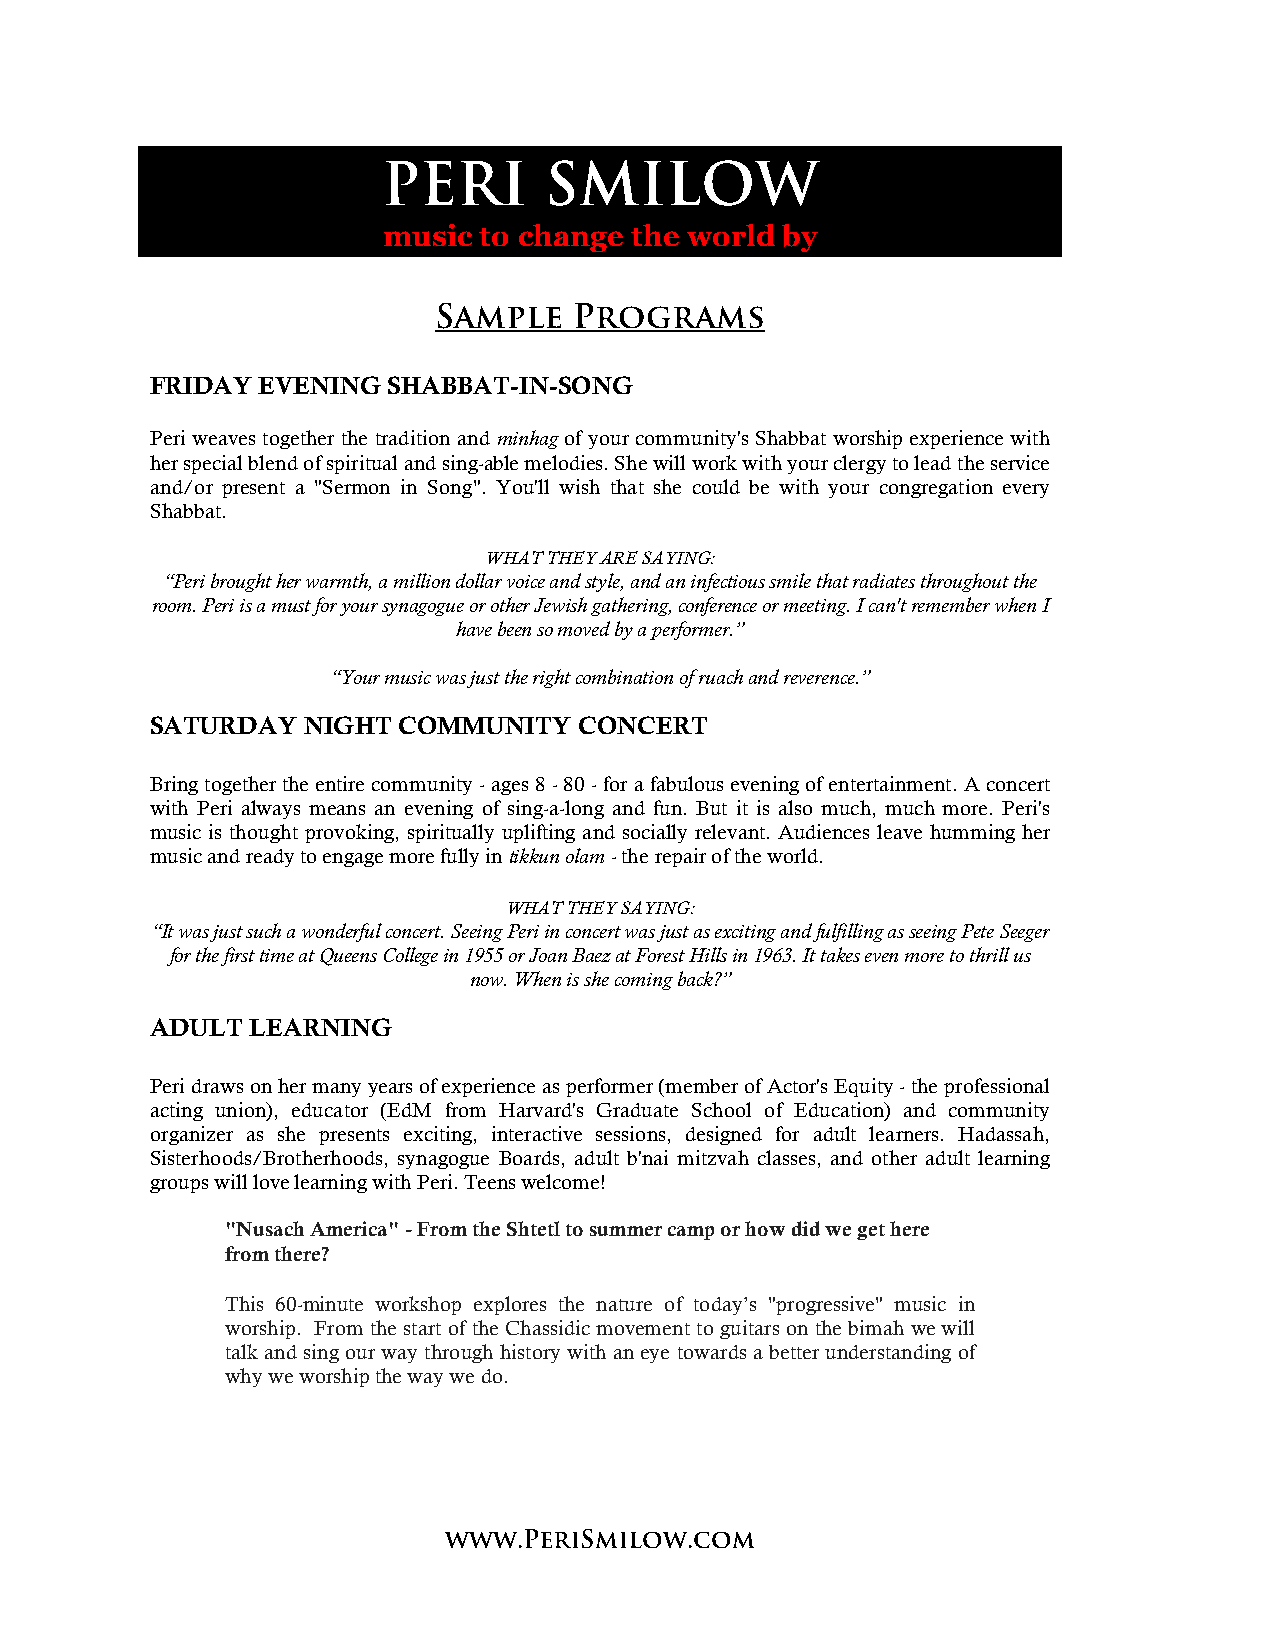
PERI       SMILOW
 music  to change the world by
 Sample   Programs
 FRIDAY EVENING  SHABBAT-IN-SONG
 Peri weaves together the tradition and minhag of your community's Shabbat worship experience with
 her special blend of spiritual and sing-able melodies. She will work with your clergy to lead the service
 and/or present a "Sermon in Song". You'll wish that she could be with your congregation every
 Shabbat.
 WHAT THEY ARE SAYING:
 “Peri brought her warmth, a million dollar voice and style, and an infectious smile that radiates throughout the
 room. Peri is a must for your synagogue or other Jewish gathering, conference or meeting. I can't remember when I
 have been so moved by a performer.”
 “Your music was just the right combination of ruach and reverence.”
 SATURDAY  NIGHT COMMUNITY   CONCERT
 Bring together the entire community - ages 8 - 80 - for a fabulous evening of entertainment. A concert
 with Peri always means an evening of sing-a-long and fun. But it is also much, much more. Peri's
 music is thought provoking, spiritually uplifting and socially relevant. Audiences leave humming her
 music and ready to engage more fully in tikkun olam - the repair of the world.
 WHAT THEY SAYING:
 “It was just such a wonderful concert. Seeing Peri in concert was just as exciting and fulfilling as seeing Pete Seeger
 for the first time at Queens College in 1955 or Joan Baez at Forest Hills in 1963. It takes even more to thrill us
 now. When is she coming back?”
 ADULT  LEARNING
 Peri draws on her many years of experience as performer (member of Actor's Equity - the professional
 acting union), educator (EdM from Harvard's Graduate School of Education) and community
 organizer as she presents exciting, interactive sessions, designed for adult learners. Hadassah,
 Sisterhoods/Brotherhoods, synagogue Boards, adult b'nai mitzvah classes, and other adult learning
 groups will love learning with Peri. Teens welcome!
 "Nusach America" - From the Shtetl to summer camp or how did we get here
 from there?
 This 60-minute workshop explores the nature of today’s "progressive" music in
 worship. From the start of the Chassidic movement to guitars on the bimah we will
 talk and sing our way through history with an eye towards a better understanding of
 why we worship the way we do.
 www.PeriSmilow.com